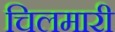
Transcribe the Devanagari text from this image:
चिलमारी